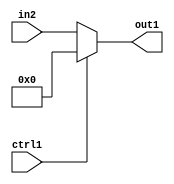
`timescale 1ps / 1ps
/*****************************************************************************
    Verilog RTL Description
    
    
    Created by: Stratus DpOpt 21.05.01 
*******************************************************************************/

module dut_N_Mux_11_2_55_4 (
	in2,
	ctrl1,
	out1
	); /* architecture "behavioural" */ 
input [10:0] in2;
input  ctrl1;
output [10:0] out1;
wire [10:0] asc001;

reg [10:0] asc001_tmp_0;
assign asc001 = asc001_tmp_0;
always @ (ctrl1 or in2) begin
	case (ctrl1)
		1'B1 : asc001_tmp_0 = 11'B00000000000 ;
		default : asc001_tmp_0 = in2 ;
	endcase
end

assign out1 = asc001;
endmodule

/* CADENCE  uLT2Qgo= : u9/ySxbfrwZIxEzHVQQV8Q== ** DO NOT EDIT THIS LINE ******/